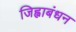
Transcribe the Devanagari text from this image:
जिह्वाबंधन